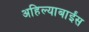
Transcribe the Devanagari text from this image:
अहिल्याबाईंस